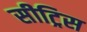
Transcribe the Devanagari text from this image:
सीट्रिस